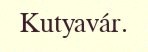
Kutyavár.